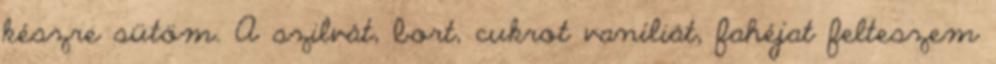
készre sütöm. A szilvát, bort, cukrot vaníliát, fahéjat felteszem